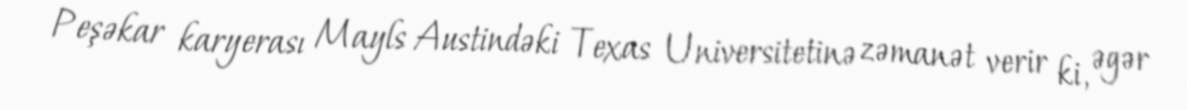
Peşəkar karyerası Mayls Austindəki Texas Universitetinə zəmanət verir ki, əgər